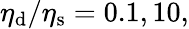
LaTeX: \eta_{\mathrm{d}}/\eta_{\mathrm{s}}=0.1,10,